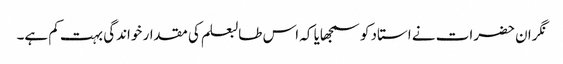
نگران حضرات نے استاد کو سمجھایا کہ اس طالبعلم کی مقدار خواندگی بہت کم ہے۔